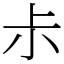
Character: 尗